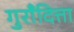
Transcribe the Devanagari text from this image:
गुराँदित्ता